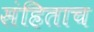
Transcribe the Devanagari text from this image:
संहिताच